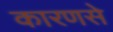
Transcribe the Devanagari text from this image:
कारणसे